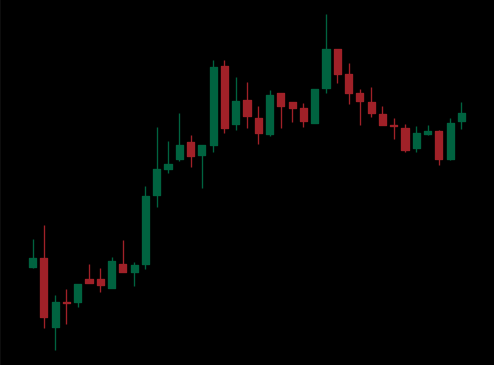
Pattern: bear_flag